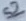
Text: S2